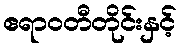
ဧရာဝတီတိုင်းနှင့်